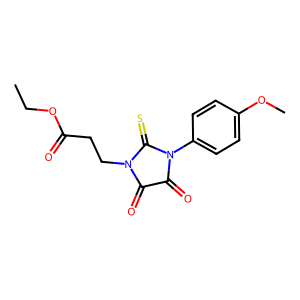
SMILES: CCOC(=O)CCN1C(=O)C(=O)N(c2ccc(OC)cc2)C1=S
Inhibits HIV replication: No